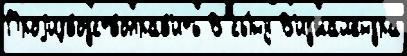
Проjизводствоправ'ить В сы́ну В'иджайендра